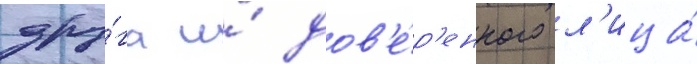
дру́га и́ дов'е́р'енного л'ица́